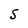
Character: S